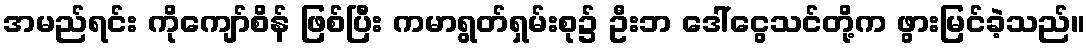
အမည်ရင်း ကိုကျော်စိန် ဖြစ်ပြီး ကမာရွတ်ရှမ်းစု၌ ဦးဘ ဒေါ်ငွေသင်တို့က ဖွားမြင်ခဲ့သည်။